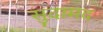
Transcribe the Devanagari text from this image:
सुदामद